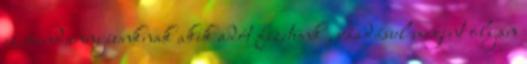
ez mindannyiunknak akik adót fizetünk , ráadásul megint olyan